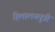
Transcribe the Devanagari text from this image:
हिमालयपुत्री